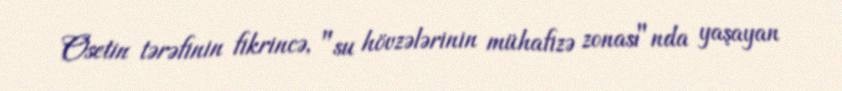
Osetin tərəfinin fikrincə, "su hövzələrinin mühafizə zonası"nda yaşayan